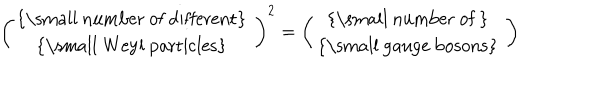
\left( \begin{array} { c } { { \mathrm { { \small ~ n u m b e r ~ o f ~ d i f f e r e n t } ~ } } } \\ { { \mathrm { { \small ~ W e y l ~ p a r t i c l e s } ~ } } } \\ \end{array} \right) ^ { 2 } = \left( \begin{array} { c } { { \mathrm { { \small ~ n u m b e r ~ o f ~ } ~ } } } \\ { { \mathrm { { \small ~ g a u g e ~ b o s o n s } ~ } } } \\ \end{array} \right)